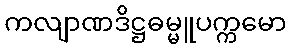
ကလျာဏဒိဋ္ဌဓမ္မူပက္ကမော